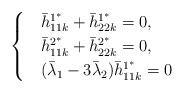
LaTeX: \begin{align*}\begin{cases}&\bar h^{1^*}_{11k}+\bar h^{1^*}_{22k}=0,\\&\bar h^{2^*}_{11k}+\bar h^{2^*}_{22k}=0,\\&(\bar \lambda_1-3\bar \lambda_2)\bar h^{1^*}_{11k}=0\end{cases}\end{align*}